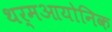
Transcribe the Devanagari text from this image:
थर्मआयोनिक